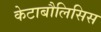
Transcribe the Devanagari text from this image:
केटाबौलिसिस